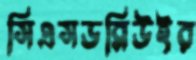
সিএসডব্লিউইর